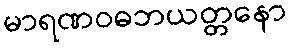
မာရဏဝဓဘယတ္တနော